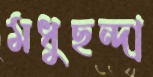
মধুছন্দা